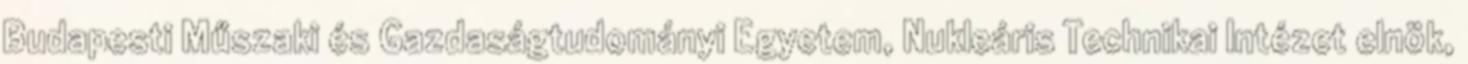
Budapesti Műszaki és Gazdaságtudományi Egyetem, Nukleáris Technikai Intézet elnök,